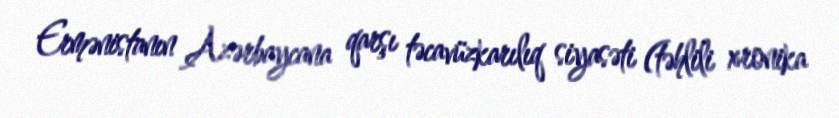
Ermənistanın Azərbaycana qarşı təcavüzkarılıq siyasəti (təhlili xronika